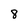
Character: 8